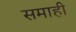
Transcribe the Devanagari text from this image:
समाही